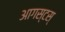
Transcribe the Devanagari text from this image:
आगस्टस्